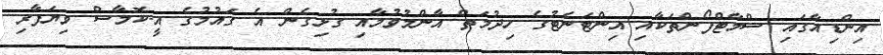
އިންޑިއާގައި ސްމާޓްފޯންތަކާއި އިންޓަނެޓުގެ ހިދުމަތް އާންމުވުމާއި ގުޅިގެން އެ ގައުމުގެ އީ-ކޮމާސް ވިޔަފާރި